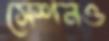
সেশনও